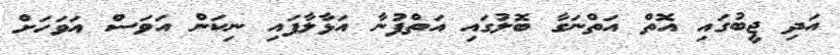
އަދި ޖީބުގައި އޮތް އަތްނަގާ ބޮލުގައި އަތްފުނާ އަޅާލާފައި ނިކަން އަވަސް އަވަހަށް